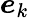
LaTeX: \boldsymbol{e}_{k}